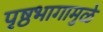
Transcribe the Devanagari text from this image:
पृष्ठभागामुळे